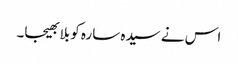
اس نے سیدہ سارہ کو بلا بھیجا۔